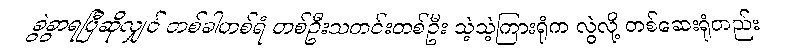
ခွဲခွာရပြီဆိုလျှင် တစ်ခါတစ်ရံ တစ်ဦးသတင်းတစ်ဦး သဲ့သဲ့ကြားရုံက လွဲလို့ တစ်ဆေးရုံတည်း